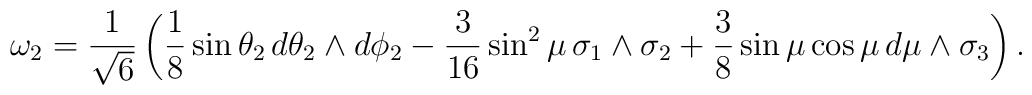
\omega_2 = \frac{1}{\sqrt{6}} \left( \frac{1}{8} \sin{\theta_2} \, d\theta_2 \wedge d\phi_2- \frac{3}{16} \sin^2{\mu} \, \sigma_1 \wedge \sigma_2+ \frac{3}{8} \sin{\mu} \cos \mu \, d\mu \wedge \sigma_3 \right).